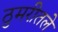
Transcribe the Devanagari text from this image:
ठुमरीतले